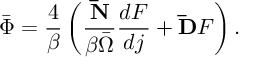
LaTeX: \bar { \Phi } = \frac 4 \beta \left( \frac { { \bf \bar { N } } } { \beta \bar { \Omega } } \frac { d F } { d j } + { \bf \bar { D } } F \right) .